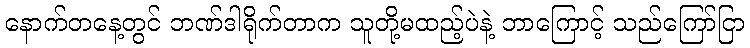
နောက်တနေ့တွင် ဘဏ်ဒါရိုက်တာက သူတို့မထည့်ပဲနဲ့ ဘာကြောင့် သည်ကြော်ငြာ